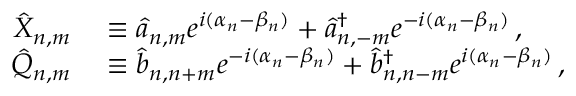
\begin{array} { r l } { \hat { X } _ { n , m } } & { { } \equiv \hat { a } _ { n , m } e ^ { i ( \alpha _ { n } - \beta _ { n } ) } + \hat { a } _ { n , - m } ^ { \dagger } e ^ { - i ( \alpha _ { n } - \beta _ { n } ) } \, , } \\ { \hat { Q } _ { n , m } } & { { } \equiv \hat { b } _ { n , n + m } e ^ { - i ( \alpha _ { n } - \beta _ { n } ) } + \hat { b } _ { n , n - m } ^ { \dagger } e ^ { i ( \alpha _ { n } - \beta _ { n } ) } \, , } \end{array}